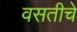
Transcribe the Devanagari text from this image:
वसतीचे